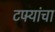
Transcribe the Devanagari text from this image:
टपर्‍यांचा